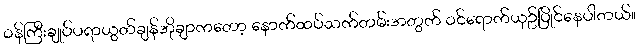
ဝန်ကြီးချုပ်ပရာယွတ်ချန်အိုချာကတော့ နောက်ထပ်သက်တမ်းအတွက် ဝင်ရောက်ယှဥ်ပြိုင်နေပါတယ်။